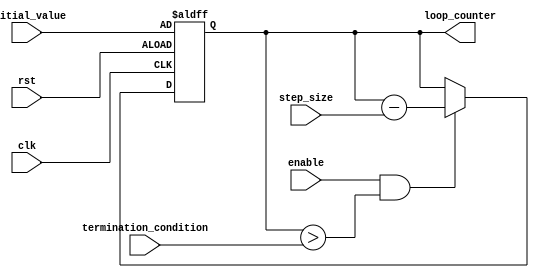
module decremental_for_loop (
    input wire clk,
    input wire rst,
    input wire [7:0] initial_value,
    input wire [7:0] step_size,
    input wire [7:0] termination_condition,
    input wire enable,
    output reg [7:0] loop_counter
);

    always @(posedge clk or posedge rst) begin
        if (rst) begin
            loop_counter <= initial_value;
        end else if (enable && loop_counter > termination_condition) begin
            loop_counter <= loop_counter - step_size;
            // Perform operations within the loop here
            // Insert code block here to be executed in each iteration
        end
    end

endmodule